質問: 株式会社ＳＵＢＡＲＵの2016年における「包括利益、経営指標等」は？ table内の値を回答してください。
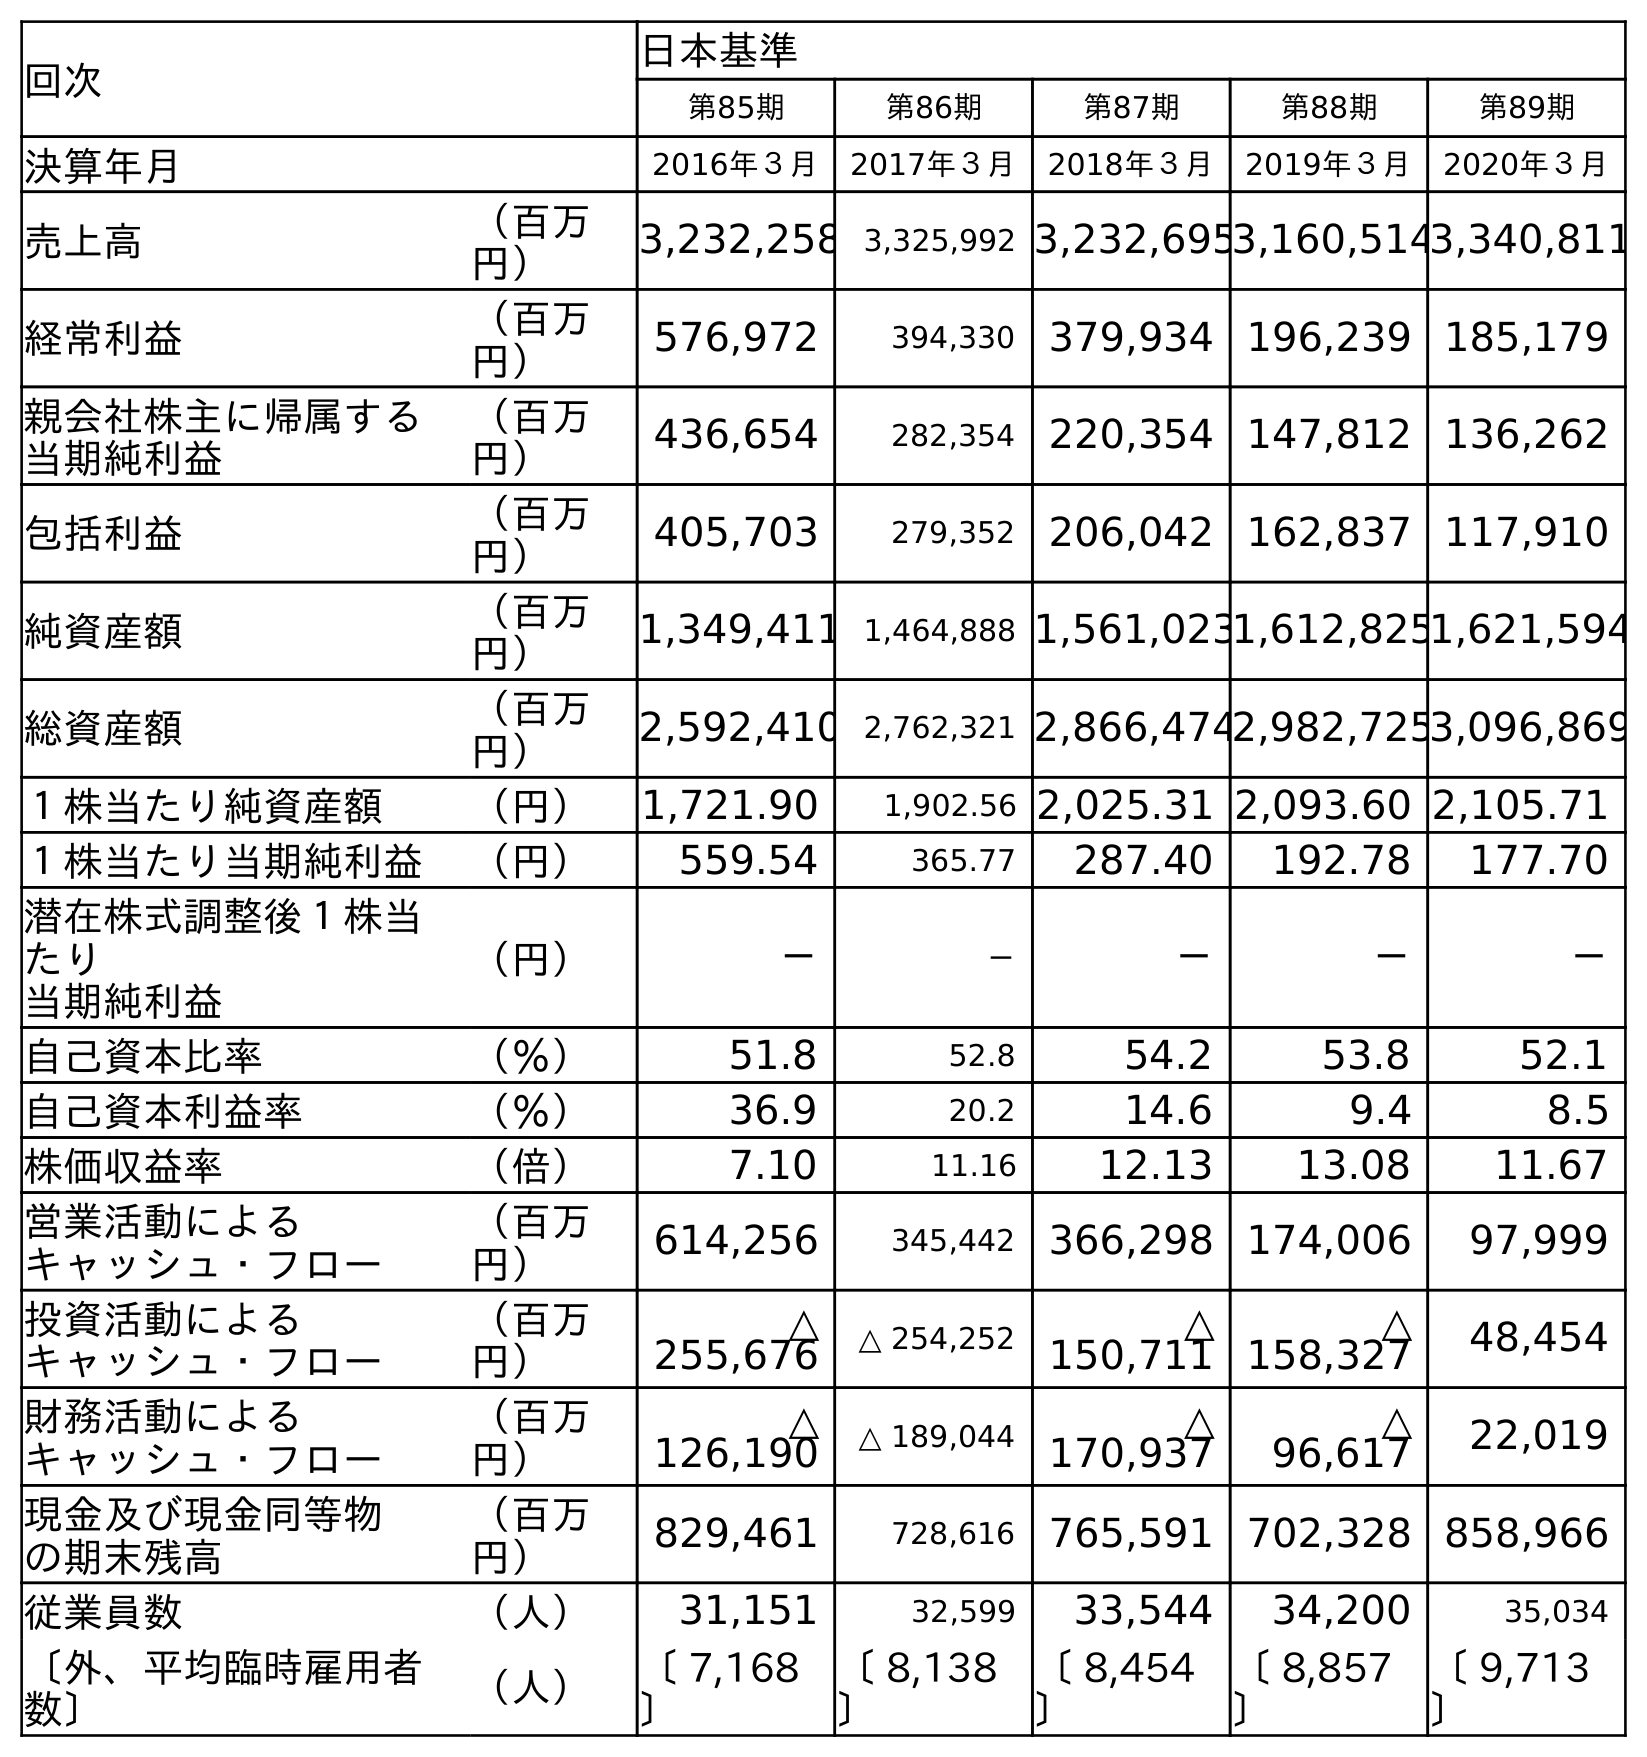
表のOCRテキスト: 回次 日本基準 第85期 第86期 第87期 第88期 第89期 決算年月 2016年３月 2017年３月 2018年３月 2019年３月 2020年３月 売上高 （百万 円） 3,232,258 3,325,992 3,232,6953,160,5143,340,811 経常利益 （百万 円） 576,972 394,330 379,934 196,239 185,179 親会社株主に帰属する 当期純利益 （百万 円） 436,654 282,354 220,354 147,812 136,262 包括利益 （百万 円） 405,703 279,352 206,042 162,837 117,910 純資産額 （百万 円） 1,349,411 1,464,888 1,561,0231,612,8251,621,594 総資産額 （百万 円） 2,592,410 2,762,321 2,866,4742,982,7253,096,869 １株当たり純資産額 （円） 1,721.90 1,902.56 2,025.31 2,093.60 2,105.71 １株当たり当期純利益 （円） 559.54 365.77 287.40 192.78 177.70 潜在株式調整後１株当 たり 当期純利益 （円） － － － － － 自己資本比率 （％） 51.8 52.8 54.2 53.8 52.1 自己資本利益率 （％） 36.9 20.2 14.6 9.4 8.5 株価収益率 （倍） 7.10 11.16 12.13 13.08 11.67 営業活動による キャッシュ・フロー （百万 円） 614,256 345,442 366,298 174,006 97,999 投資活動による キャッシュ・フロー （百万 円） △ 255,676 △ 254,252 △ 150,711 △ 158,327 48,454 財務活動による キャッシュ・フロー （百万 円） △ 126,190 △ 189,044 △ 170,937 △ 96,617 22,019 現金及び現金同等物 の期末残高 （百万 円） 829,461 728,616 765,591 702,328 858,966 従業員数 （人） 31,151 32,599 33,544 34,200 35,034 〔外、平均臨時雇用者 数〕 （人） 〔 7,168 〕 〔 8,138 〕 〔 8,454 〕 〔 8,857 〕 〔 9,713 〕
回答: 405,703